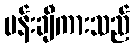
ပန်းချီကားသည်